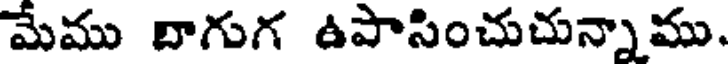
మేము దాగుగ ఉపాసించుచున్నాము.